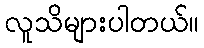
လူသိများပါတယ်။